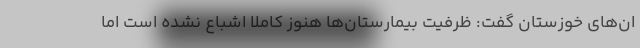
ان‌های خوزستان گفت: ظرفیت بیمارستان‌ها هنوز کاملا اشباع نشده است اما